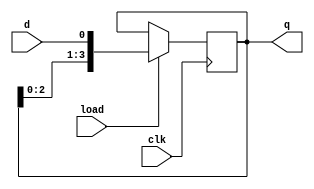
`timescale 1ns / 1ps
//////////////////////////////////////////////////////////////////////////////////
// Company: NIST
// 
// Design Name: SERIAL IN PARALLEL OUT SHIFT REGISTER
// Module Name: SIPO_behave

// Dependencies: 
// 
// Revision:
// Revision 0.01 - File Created
// Additional Comments:
// 
//////////////////////////////////////////////////////////////////////////////////


module SIPO_behave(
    input d,
    input load,
    input clk,
    output [3:0] q
    );
    reg [3:0] temp;
    always@(posedge clk)
    begin
        if (load == 0)
            temp=temp;
        else
            temp={temp[2:0],d};    
    end
    assign q=temp;
endmodule